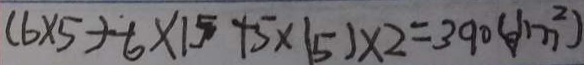
( 6 \times 5 + ^ { \cdot } 6 \times 1 5 + 5 \times 1 5 ) \times 2 = 3 9 0 ( g / m ^ { 2 } )